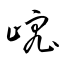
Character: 峵